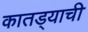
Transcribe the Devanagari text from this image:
कातड्याची